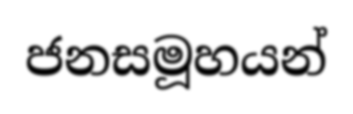
ජනසමූහයන්